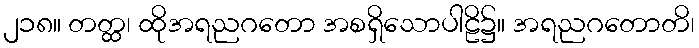
၂၁၈။ တတ္ထ၊ ထိုအရညဂတော အစရှိသောပါဠိ၌။ အရညဂတောတိ၊